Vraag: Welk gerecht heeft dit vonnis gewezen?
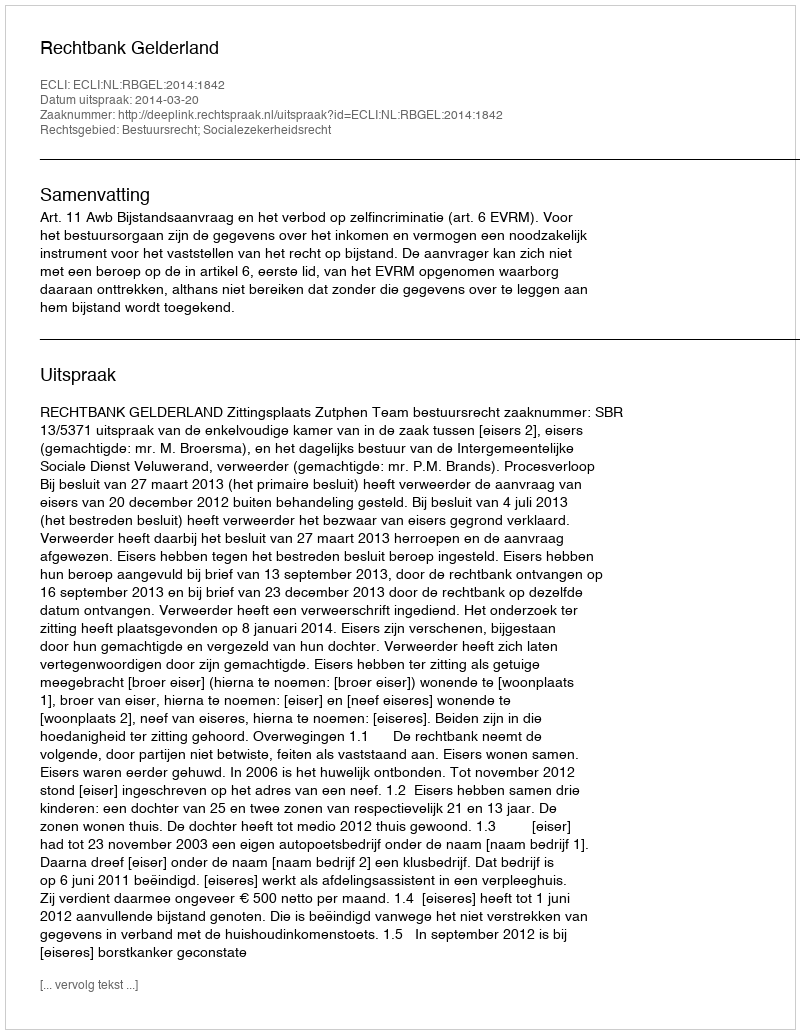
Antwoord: Rechtbank Gelderland